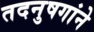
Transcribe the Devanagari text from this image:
तदनुषगांने